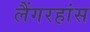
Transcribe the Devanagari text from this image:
लैंगरहांस